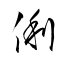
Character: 俐